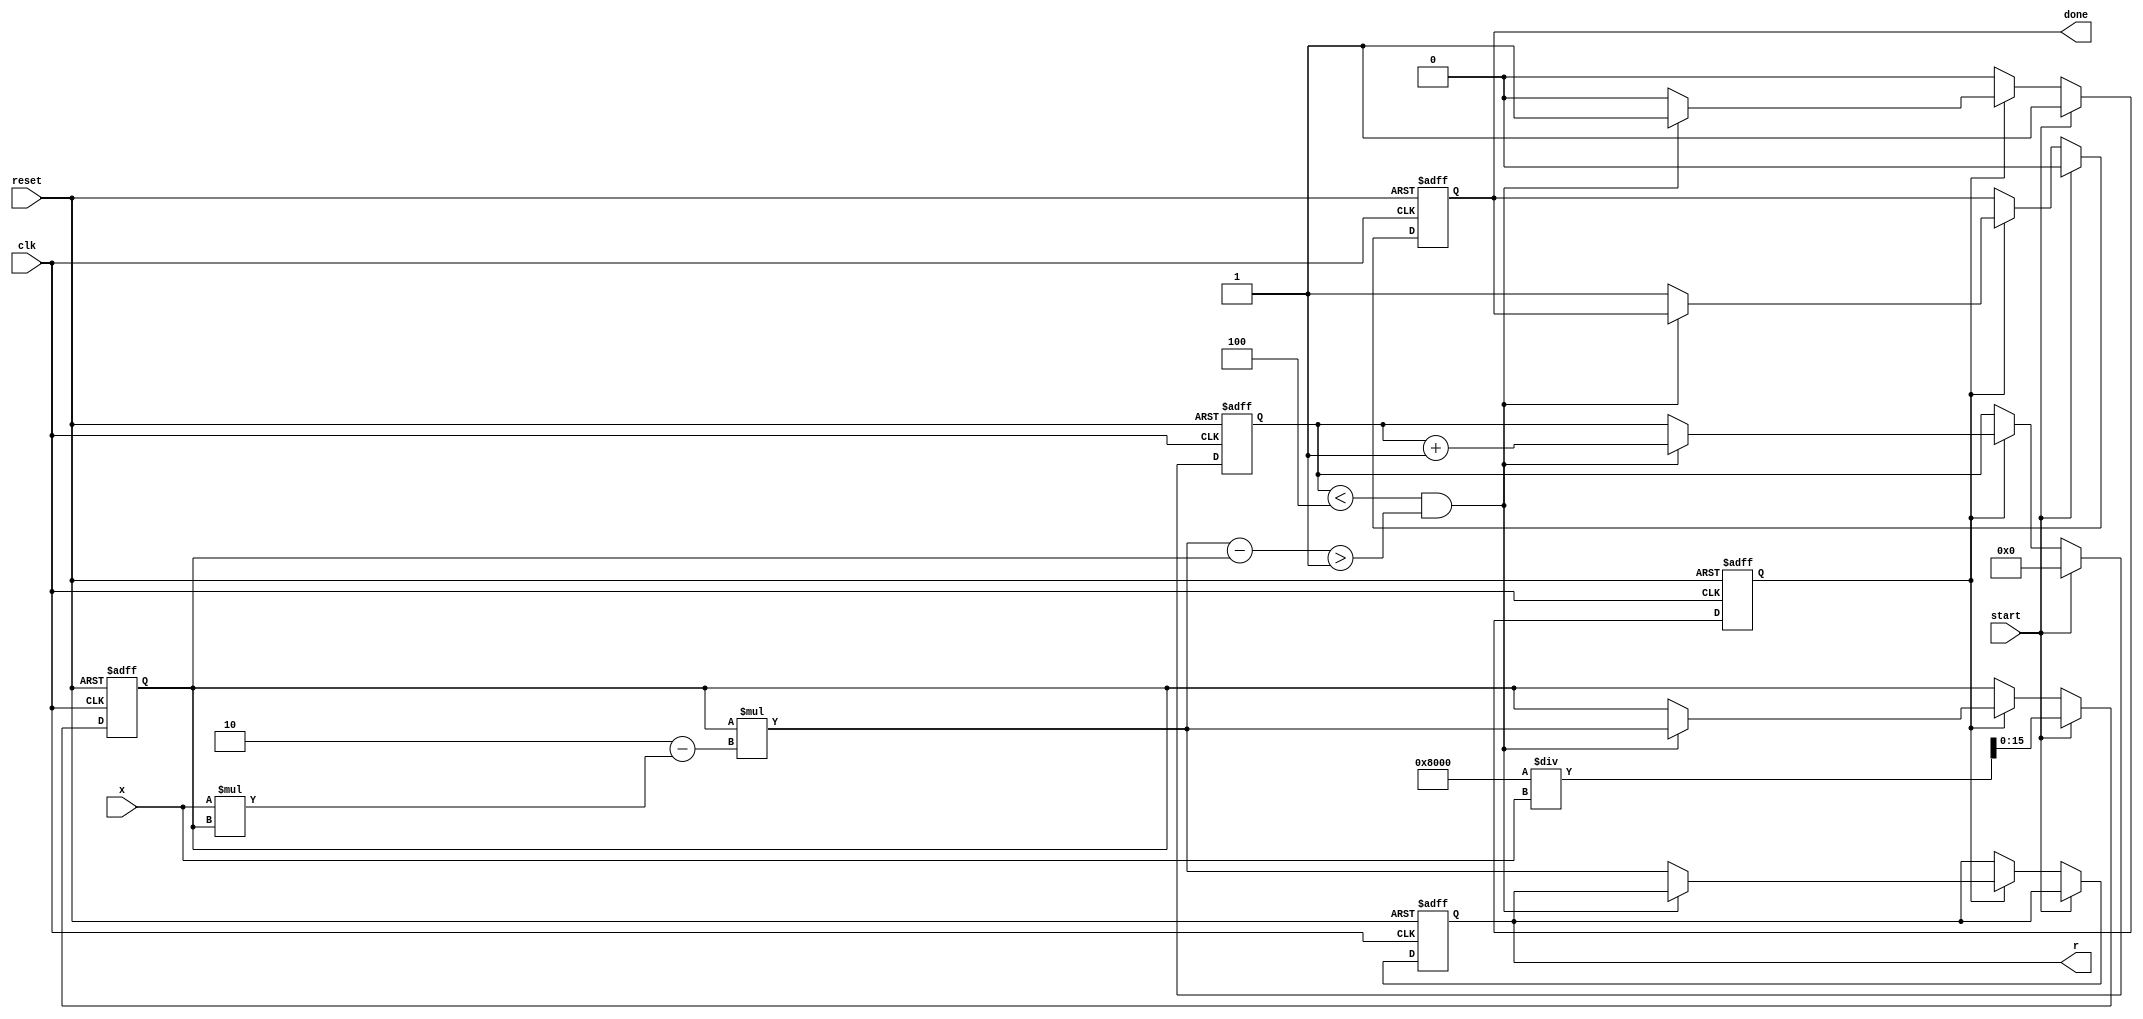
module newton_raphson_reciprocal #(
    parameter DATA_WIDTH = 16,    // Width of input and output data
    parameter MAX_ITERATIONS = 4,  // Maximum number of iterations
    parameter THRESHOLD = 16'h0001  // Convergence threshold
)(
    input wire clk,                // Clock signal
    input wire reset,              // Reset signal
    input wire start,              // Start signal for the computation
    input wire [DATA_WIDTH-1:0] x, // Input value for which the reciprocal is calculated
    output reg [DATA_WIDTH-1:0] r, // Output reciprocal
    output reg done                // Done signal to indicate completion
);

    reg [DATA_WIDTH-1:0] g;        // Current guess
    reg [DATA_WIDTH-1:0] g_next;   // Next guess
    reg [3:0] iteration_count;      // Iteration counter
    reg computing;                  // State to indicate if computation is ongoing

    // Initial guess calculation
    wire [DATA_WIDTH-1:0] initial_guess = (2 ** (DATA_WIDTH-1)) / x; // G = 2 / X

    always @(posedge clk or posedge reset) begin
        if (reset) begin
            r <= 0;
            g <= 0;
            iteration_count <= 0;
            done <= 0;
            computing <= 0;
        end else if (start) begin
            // Initialization
            g <= initial_guess;
            iteration_count <= 0;
            done <= 0;
            computing <= 1;
        end else if (computing) begin
            // Newton-Raphson iteration
            g_next = g * (2 - x * g); // G_next = G * (2 - X * G)

            // Check for convergence
            if (iteration_count < MAX_ITERATIONS && 
                (g_next - g) > THRESHOLD) begin
                g <= g_next; // Update current guess
                iteration_count <= iteration_count + 1; // Increment iteration count
            end else begin
                r <= g_next; // Output the computed reciprocal
                done <= 1;   // Indicate completion
                computing <= 0; // Stop computing
            end
        end
    end

endmodule